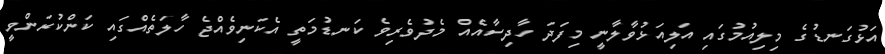
އަޅުގަނޑުގެ މިލިއުމުގައި އަލިއަޅުވާލާނީ މިފަދަ ހާދިސާއެއް މެދުވެރިވެ ކަނޑުމަތީ އެކަނިވެއްޖެ ހާލަތެއްގައި ކަންކުރަންވީ